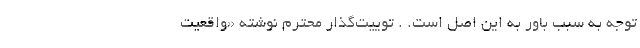
توجه به سبب باور به این اصل است. . توییت‌گذار محترم نوشته «واقعیت